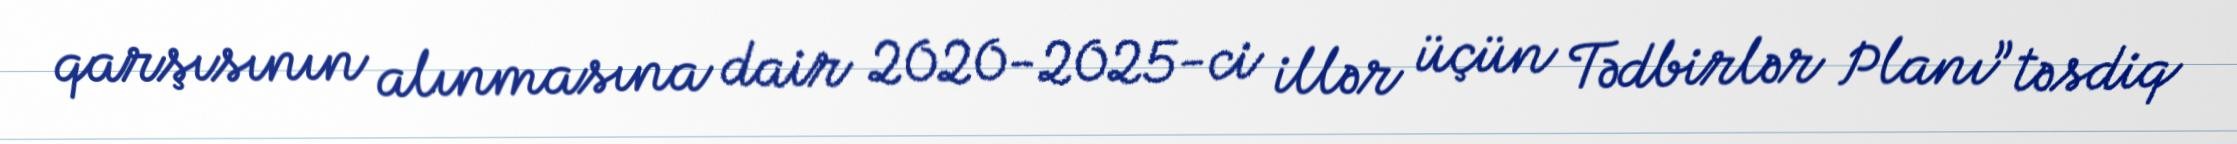
qarşısının alınmasına dair 2020-2025-ci illər üçün Tədbirlər Planı” təsdiq